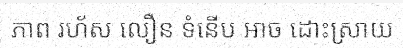
ភាព រហ័ស លឿន ទំនើប អាច ដោះស្រាយ